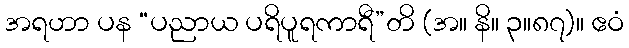
အရဟာ ပန “ပညာယ ပရိပူရကာရီ”တိ (အ။ နိ။ ၃။၈၇)။ ဧဝံ